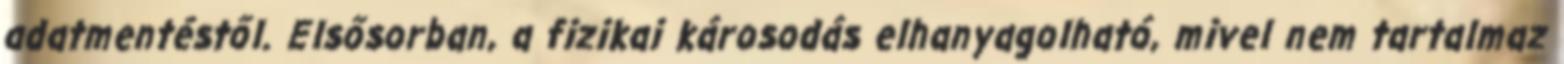
adatmentéstől. Elsősorban, a fizikai károsodás elhanyagolható, mivel nem tartalmaz